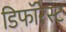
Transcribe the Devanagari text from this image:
डिफॉरेस्ट